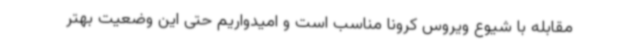
مقابله با شیوع ویروس کرونا مناسب است و امیدواریم حتی این وضعیت بهتر